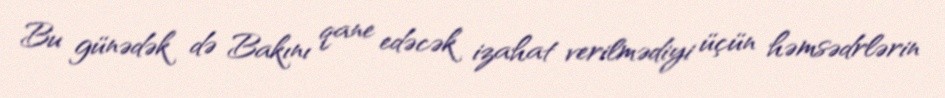
Bu günədək də Bakını qane edəcək izahat verilmədiyi üçün həmsədrlərin